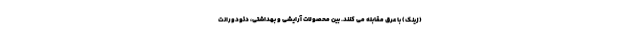
(زینک) با عرق مقابله می کنند. بین محصولات آرایشی و بهداشتی، دئودورانت